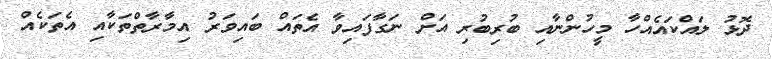
ދޮޅު ލައްކައެއްހާ މީހުންނާއި ބުރިބުރި އަށް ނަގާފައިވާ އެތައް ބައިވަރު އިމާރާތްތަކާއި އެތަކެއް